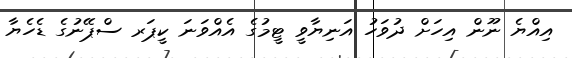
އިއްޔެ ނޫން އިހަށް ދުވަހު އަނިޔާވީ ޓީމުގެ އެއްވަނަ ކީޕަރ ސްޕޭނުގެ ޑެހެޔާ